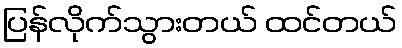
ပြန်လိုက်သွားတယ် ထင်တယ်